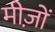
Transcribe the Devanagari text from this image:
मीज़ों